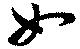
女